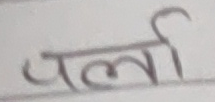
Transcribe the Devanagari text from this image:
पर्ला